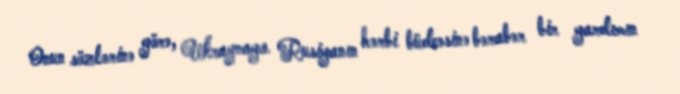
Onun sözlərinə görə, Ukraynaya Rusiyanın hərbi büdcəsinə bərabər bir yardımın